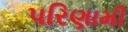
પરિણામી